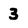
Character: 3